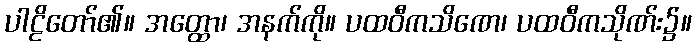
ပါဠိတော်၏။ အတ္ထော၊ အနက်ကို။ ပထဝီကသိဏေ၊ ပထဝီကသိုဏ်း၌။